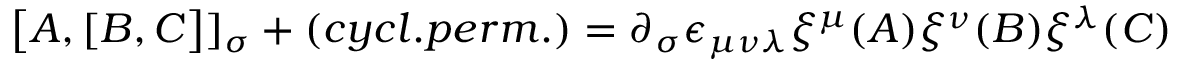
\bigl \lbrack A , \lbrack B , C \bigr \rbrack \rbrack _ { \sigma } + ( c y c l . p e r m . ) = \partial _ { \sigma } \epsilon _ { \mu \nu \lambda } \xi ^ { \mu } ( A ) \xi ^ { \nu } ( B ) \xi ^ { \lambda } ( C )